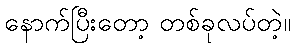
နောက်ပြီးတော့ တစ်ခုလပ်တဲ့။